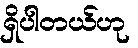
ရှိပါတယ်ဟု